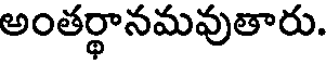
అంతర్థానమవుతారు.